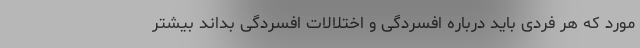
مورد که هر فردی باید درباره افسردگی و اختلالات افسردگی بداند بیشتر